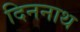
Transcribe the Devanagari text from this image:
दिननाथ